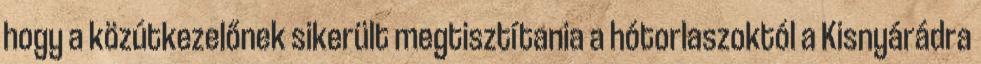
hogy a közútkezelőnek sikerült megtisztítania a hótorlaszoktól a Kisnyárádra